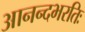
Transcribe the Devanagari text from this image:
आनन्दभरतिः